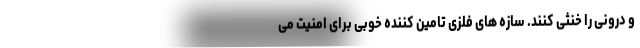
و درونی را خنثی کنند. سازه های فلزی تامین کننده خوبی برای امنیت می